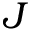
J